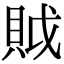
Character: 𧵝